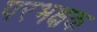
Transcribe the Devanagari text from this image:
परभक्षक